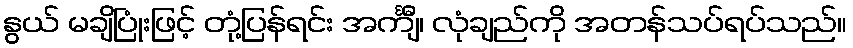
နွယ် မချိပြုံးဖြင့် တုံ့ပြန်ရင်း အင်္ကျီ၊ လုံချည်ကို အတန်သပ်ရပ်သည်။